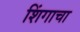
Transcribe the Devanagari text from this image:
शिंगाचा